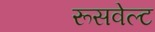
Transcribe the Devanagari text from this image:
रूसवेल्ट